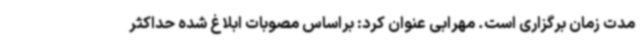
مدت زمان برگزاری است. مهرابی عنوان کرد: براساس مصوبات ابلاغ شده حداکثر